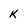
Character: k